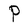
Character: P